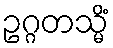
ဥဂ္ဂတသ္မိံ